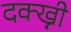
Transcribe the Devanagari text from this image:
दक्ख्नी